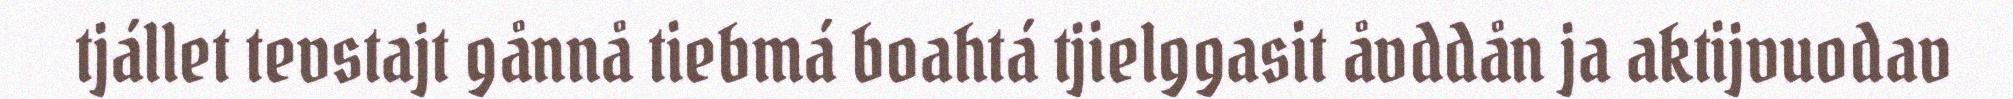
tjállet tevstajt gånnå tiebmá boahtá tjielggasit åvddån ja aktijvuodav